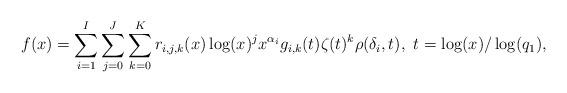
LaTeX: \begin{align*}f(x) = \sum_{i=1}^I\sum_{j=0}^J\sum_{k=0}^{K} r_{i,j,k}(x) \log(x)^j x^{\alpha_i} g_{i,k}(t)\zeta(t)^k\rho(\delta_i,t),\ t=\log(x)/\log(q_1),\end{align*}